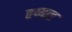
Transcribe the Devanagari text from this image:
तय्यल